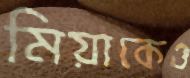
মিয়াকেও